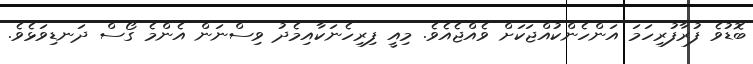
ބޮޑުވެ ފުރާފުރިހަމަ އަންހެންކުއްޖަކަށް ވެއްޖެއެވެ. މިއީ ފިރިހެނަކާއިމެދު ވިސްނަން އެންމެ ގޯސް ދަނޑިވަޅެވެ.